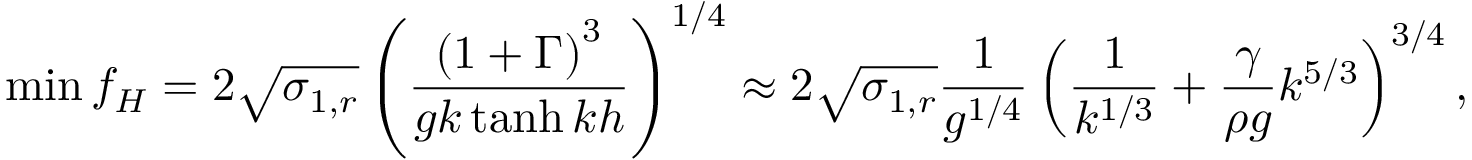
\operatorname* { m i n } { f _ { H } } = 2 \sqrt { \sigma _ { 1 , r } } \left( \frac { \left( 1 + \Gamma \right) ^ { 3 } } { g k \operatorname { t a n h } { k h } } \right) ^ { 1 / 4 } \approx 2 \sqrt { \sigma _ { 1 , r } } \frac { 1 } { g ^ { 1 / 4 } } \left( \frac { 1 } { k ^ { 1 / 3 } } + \frac { \gamma } { \rho g } k ^ { 5 / 3 } \right) ^ { 3 / 4 } ,